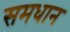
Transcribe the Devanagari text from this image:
समधान